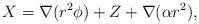
LaTeX: \begin{align*}X = \nabla(r^2\phi) + Z + \nabla(\alpha r^2),\end{align*}